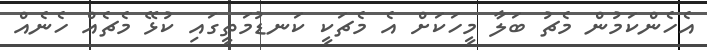
އެހެންކަމުން މެޗު ބަލާ މީހަކަށް އެ މެޗަކީ ކަނޑުމަތީގައި ކުޅޭ މެޗެއް ހެނެއް